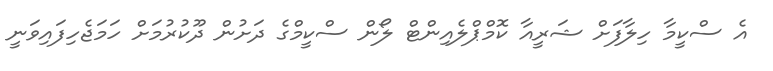
އެ ސްކީމާ ހިލާފަށް ޝަރީއާ ކޮމްޕްލެއިންޓް ލޯން ސްކީމްގެ ދަށުން ދޫކުރުމަށް ހަމަޖެހިފައިވަނީ